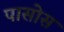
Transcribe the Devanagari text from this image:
पासोस